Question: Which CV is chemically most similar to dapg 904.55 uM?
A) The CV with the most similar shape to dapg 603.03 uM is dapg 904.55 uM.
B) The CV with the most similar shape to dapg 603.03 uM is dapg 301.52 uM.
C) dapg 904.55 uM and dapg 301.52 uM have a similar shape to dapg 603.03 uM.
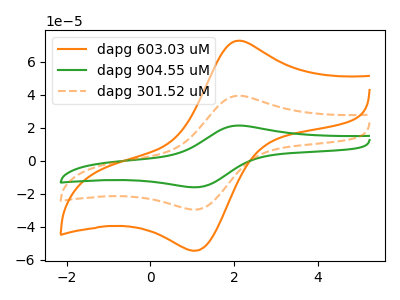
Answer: <think>The orange curve "dapg 603.03 uM" has an anodic peak at (2.05V, 72.70uA) and a cathodic peak at (1.10V, -54.45uA). The green curve "dapg 904.55 uM" has an anodic peak at (2.05V, 78.85uA) and a cathodic peak at (1.10V, -59.05uA). The orange dashed curve "dapg 301.52 uM" has an anodic peak at (2.05V, 39.40uA) and a cathodic peak at (1.10V, -29.50uA).
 All the peaks in "dapg 603.03 uM" have a peak in "dapg 904.55 uM" at the same potential. Every peak in "dapg 603.03 uM" is lower than every peak in "dapg 904.55 uM". All the peaks in "dapg 603.03 uM" have a peak in "dapg 301.52 uM" at the same potential. Every peak in "dapg 603.03 uM" is higher than every peak in "dapg 301.52 uM". All the peaks in "dapg 904.55 uM" have a peak in "dapg 301.52 uM" at the same potential. Every peak in "dapg 904.55 uM" is higher than every peak in "dapg 301.52 uM".</think>
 <answer>C) "dapg 904.55 uM" and "dapg 301.52 uM" have a similar shape to "dapg 603.03 uM".</answer>
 <eval>C</eval>